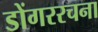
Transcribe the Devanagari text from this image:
डोंगररचना